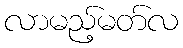
လာမည့်မတ်လ